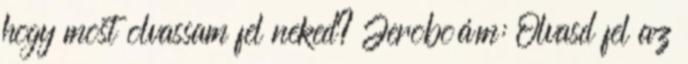
hogy most olvassam fel neked? Jeroboám: Olvasd fel az